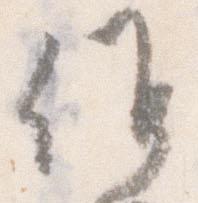
候